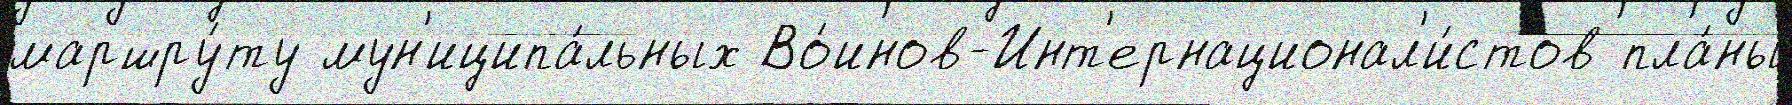
маршру́ту мун'иципа́льных Во́инов-Инт'ернационал'и́стов пла́ны